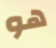
هو